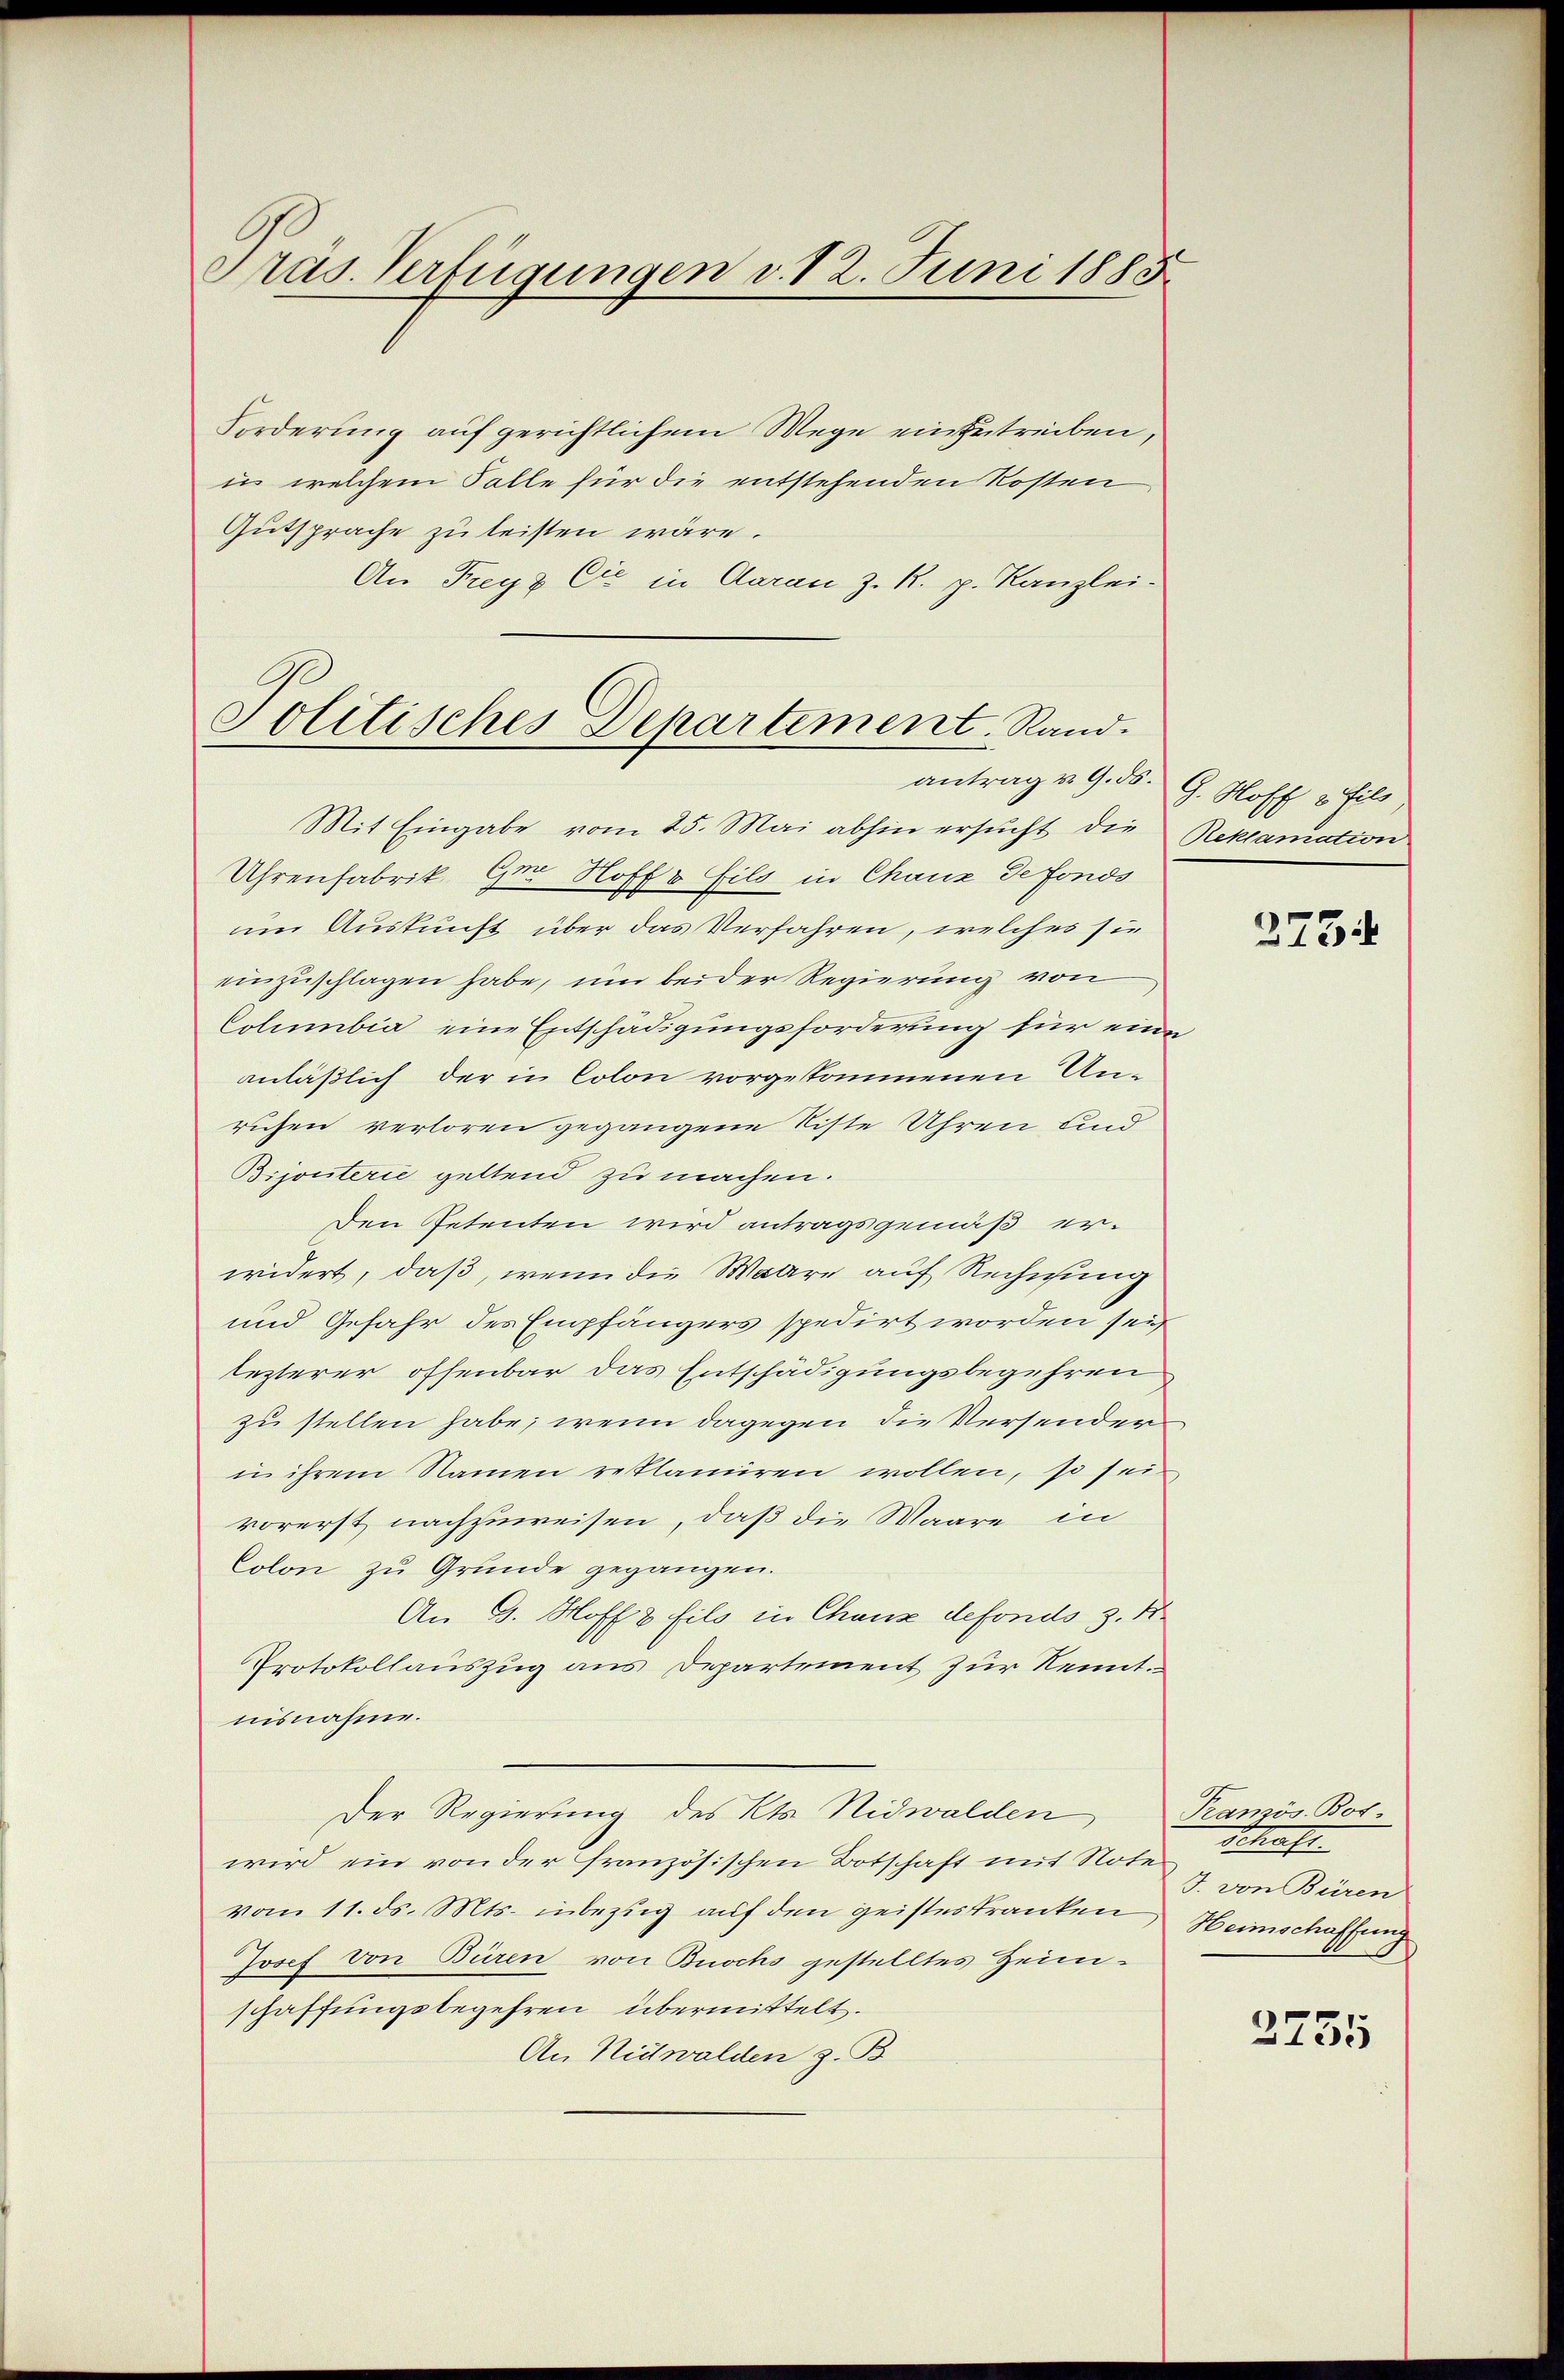
Präs. Verfügungen v. 12. Juni 1883.

Forderung auf gerichtlichem Wege einzutreiben,
in welchem Falle für die entstehenden Kosten
Gutsprache zu leisten wäre.
An Freyz Cie in daran z. R. p. Kanzlei-

Politisches Departement. Rand.
antrag v. 9. ds.

Mit Eingabe vom 25. Mai abhin ersucht die Reklamation
Uhrenfabrik Gr. Hoffe Eils in Chauz de fonds
um Auskunft über das Verfahren, welches sie
einzuschlagen habe, um beider Regierung von
Columbia, eine Entschädigungsforderung für eine
anläßlich der in Colon vorgekommenen Unruhen verloren gegangene Liste Uhren und
Bijouterie geltend zu machen.
Den Petenten wird antragsgemäß erwidert, daß, wenn die Waare auf Rechnung
und Gefahr des Empfängers spedirt worden sei,
lezterer offenbar das Entschädigungsbegehren
zu stellen habe; wenn dagegen die Versender
in ihrem Namen replaniren wollen, so sei
vorerst nachzuweisen, daß die Waare in
Colon zu Grunde gegangen.
An B. Hoff 8 fils in Chanze defondo 3. K
Protokollauszug aus Departement zur Kenntnisnahme.
Der Regierung des Kts. Nidwalden
wird ein von der französischen Botschaft mit Notevom 11. ds. Mts. inbezug auf den geisteskranken Heimschaffung
Josef von Büren von Buochs gestelltes Heim-
schaffungsbegehren übermittelt.
An Nidwalden z. B.

G. Hoff 3 fils

2734

Pranzös. Bot-
Schaft
J. von Büren

2735